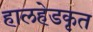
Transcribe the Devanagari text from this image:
हालहेडकृत